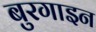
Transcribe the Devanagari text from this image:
बुरगाइन